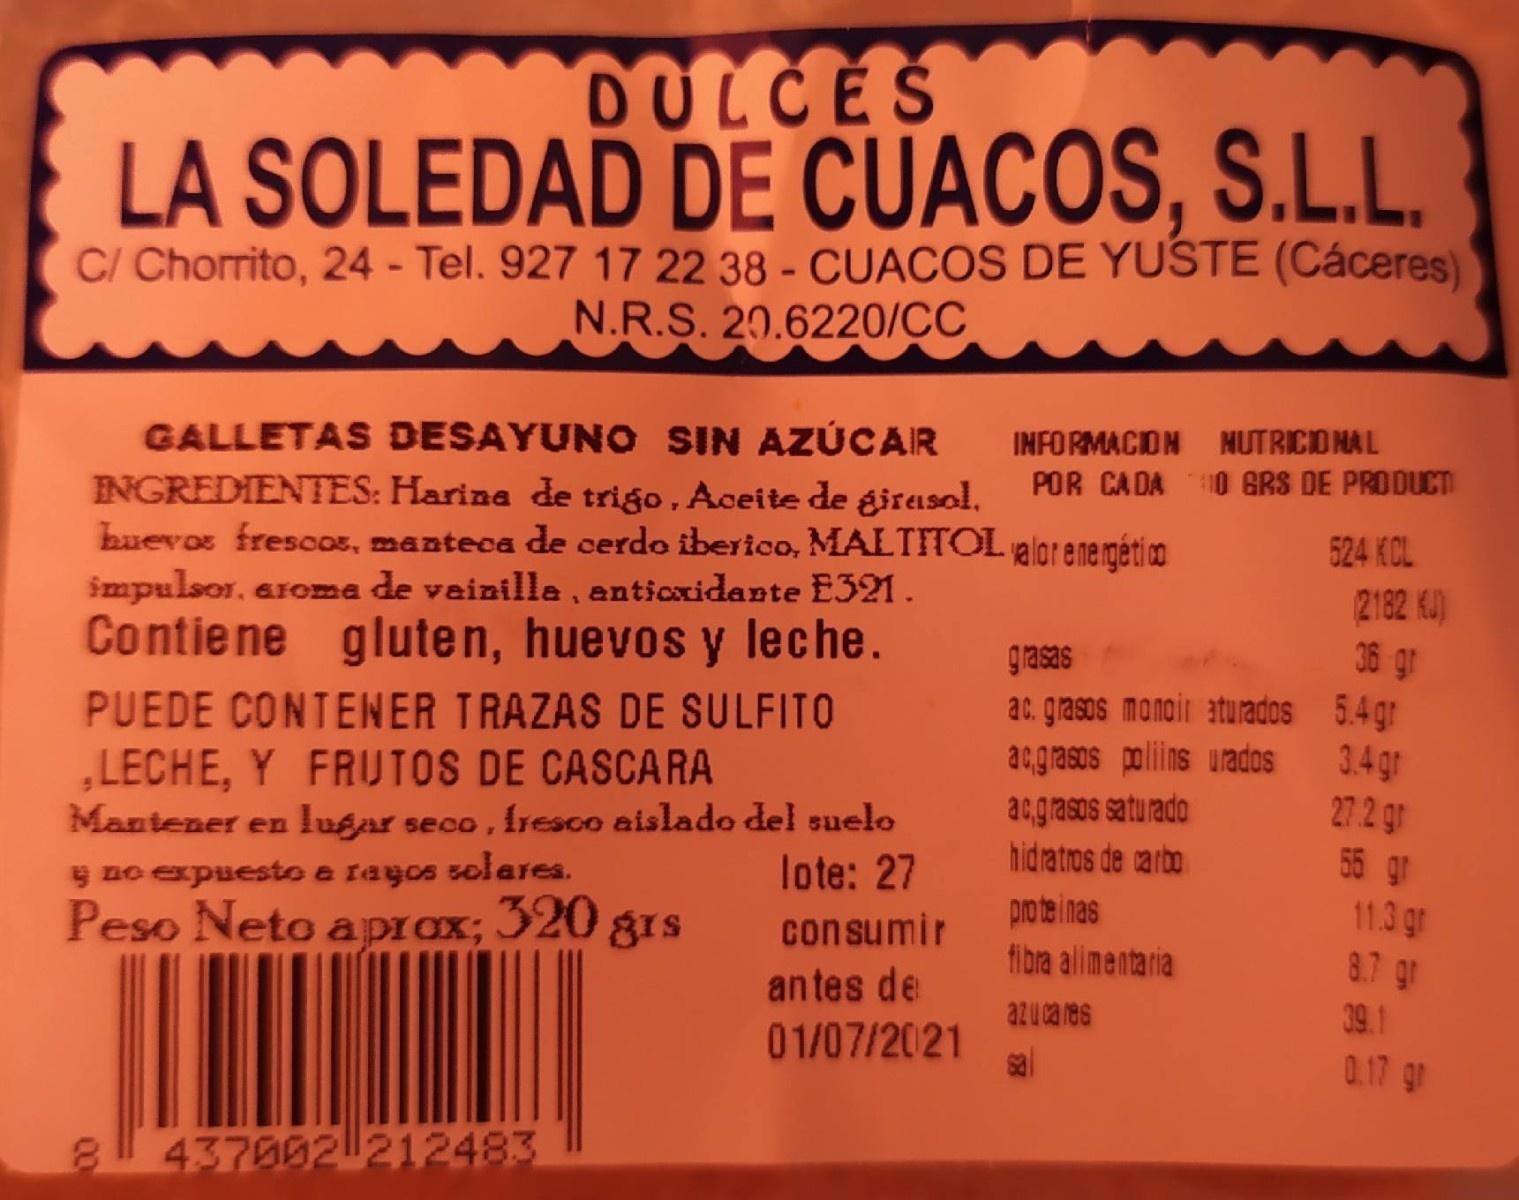
DULČES LA SOLEDAD DE CUACOS, S.L.L.
C/ Chorrito, 24 - Tel. 927 17 22 38 - CUACOS DE YUSTE (Cáceres) N.R.S. 20.6220/CC
GALLETAS DESAYUNO SIN AZÚCAIR
INFORMACION MUTRICIO NAL POR CADA 10 GRS DE PRODUCT
INGREDIENTES: Harina de trigo , Aceite de girasol, buevo fresco5, manteca de cerdo iberico, MALTITOL alorenergéti co impulsor, aroma de veinille, antioxidante E321. Contiene gluten, huevos y leche.
524 KCL
2182 KJ) 36 gr ac. grasos monair aturados 5.4gr acgrasos polins urados 3.4 gr 27 2 gr 55 gr
grasas
PUEDE CONTENER TRAZAS DE SULFITO
LECHE, Y FRUTOS DE CASCARA Mantener en lugar seco , Iresco aislado del suelo
acgrasos saturado hidratros de carbo
y no expuesto e rayos solares.
lote: 27
Peso Neto aprox; 320 grs
prote inas fibra alimentaria
11.3 gr 8.7 gr
consumir
an tes de
azuca res
39.1
01/07/2021 sal
0.17 gr
437002 212483